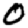
Digit: 0